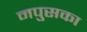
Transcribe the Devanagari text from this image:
नपुसका